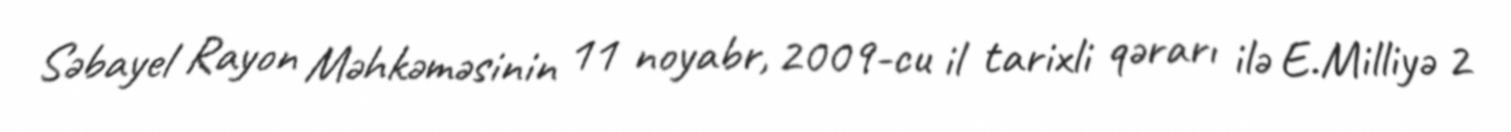
Səbayel Rayon Məhkəməsinin 11 noyabr, 2009-cu il tarixli qərarı ilə E.Milliyə 2